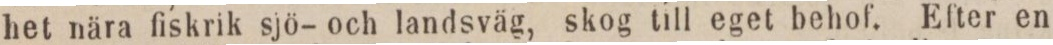
het nära fiskrik sjö- och landsväg, skog till eget behof. Efter en